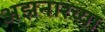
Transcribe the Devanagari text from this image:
अझनारच्या